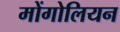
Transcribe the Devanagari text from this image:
मोंगोलियन